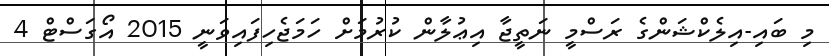
މި ބައި-އިލެކްޝަންގެ ރަސްމީ ނަތީޖާ އިޢުލާން ކުރުމަށް ހަމަޖެހިފައިވަނީ 2015 އޯގަސްޓް 4